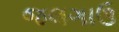
જલગાઉ